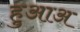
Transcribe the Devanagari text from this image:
हुआअ